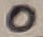
Text: 0